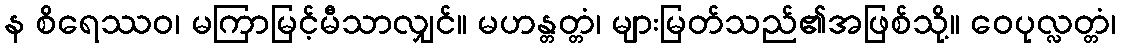
န စိရေဿဝ၊ မကြာမြင့်မီသာလျှင်။ မဟန္တတ္တံ၊ များမြတ်သည်၏အဖြစ်သို့။ ဝေပုလ္လတ္တံ၊